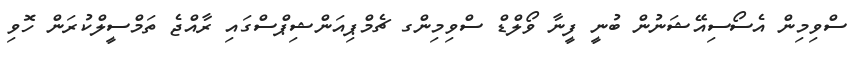
ސްވިމިން އެސޯސިއޭޝަނުން ބުނީ ފީނާ ވޯލްޑް ސްވިމިންގ ޗެމްޕިއަންޝިޕްސްގައި ރާއްޖެ ތަމްސީލްކުރަން ހޮވި